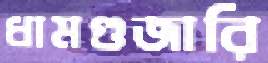
ধামগুজারি